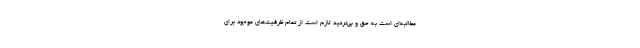
مطالبه‌ای است به حق و بی‌تردید لازم است از تمام ظرفیت‌های موجود برای